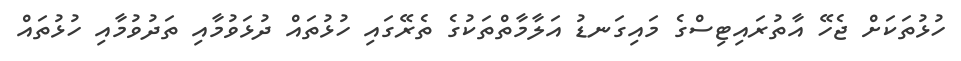
ހުޅުތަކަށް ޖެހޭ އާތުރައިޓިސްގެ މައިގަނޑު އަލާމާތްތަކުގެ ތެރޭގައި ހުޅުތައް ދުޅަވުމާއި ތަދުވުމާއި ހުޅުތައް